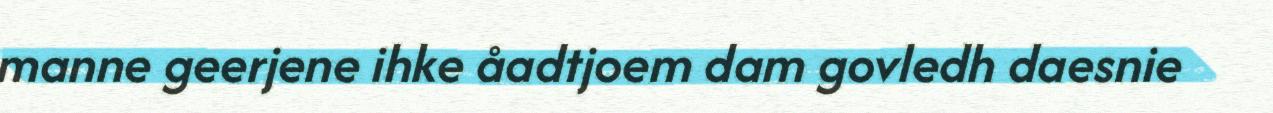
manne geerjene ihke åadtjoem dam govledh daesnie